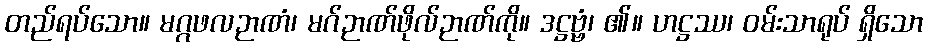
တည်ရပ်သော။ မဂ္ဂဖလဉာဏံ၊ မဂ်ဉာဏ်ဖိုလ်ဉာဏ်ကို။ ဒဋ္ဌဗ္ဗံ၊ ၏။ ဟဋ္ဌဿ၊ ဝမ်းသာရုပ် ရှိသော